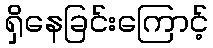
ရှိနေခြင်းကြောင့်